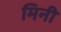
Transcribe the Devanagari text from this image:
मिनी